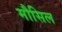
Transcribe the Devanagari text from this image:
मौसिल